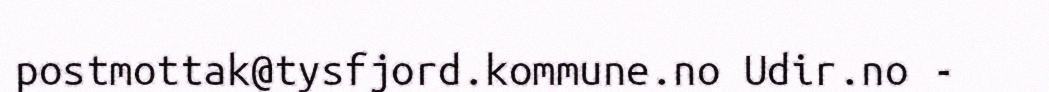
postmottak@tysfjord.kommune.no Udir.no -